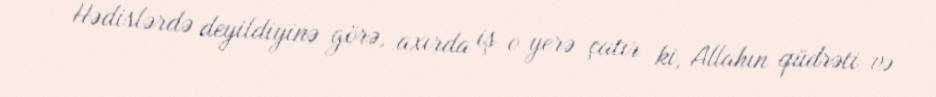
Hədislərdə deyildiyinə görə, axırda iş o yerə çatır ki, Allahın qüdrəti və